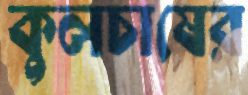
কুলচাষের